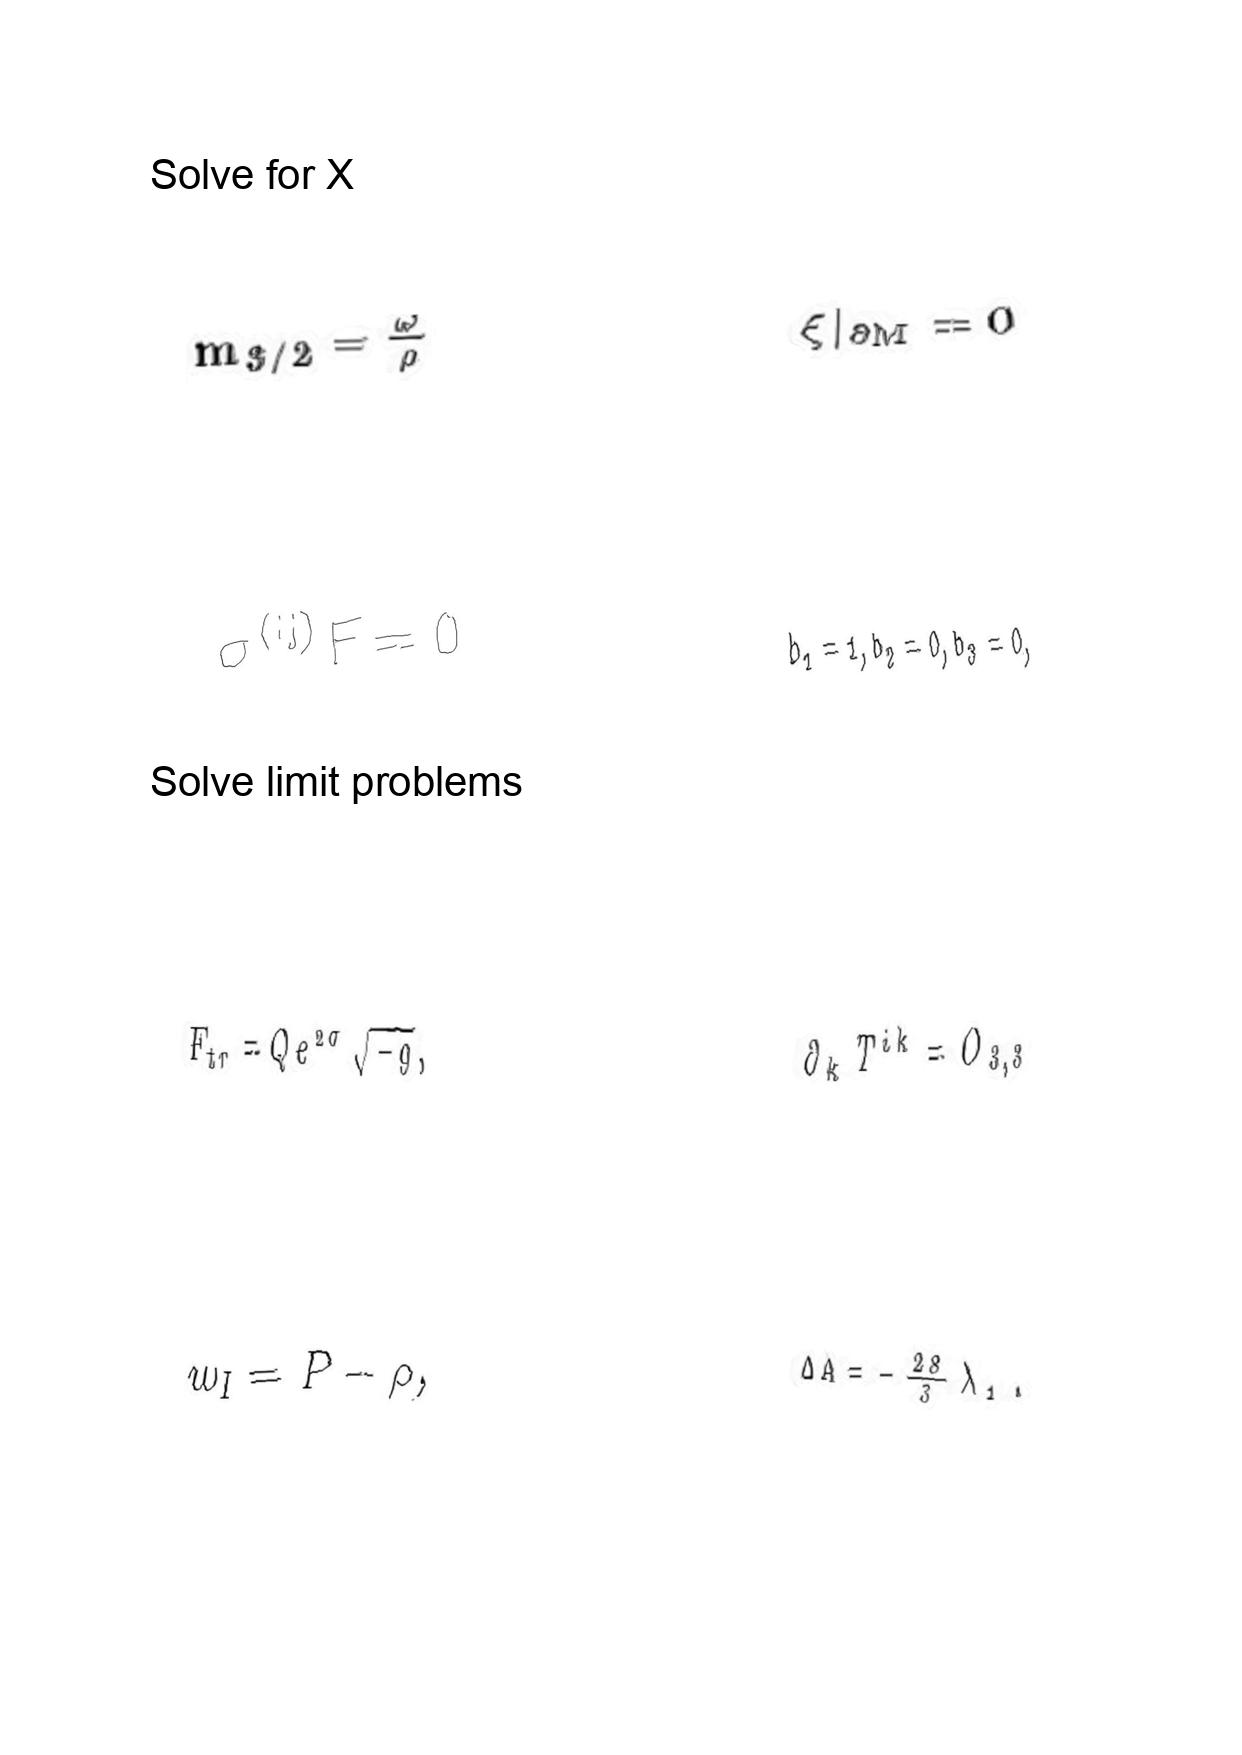
LaTeX transcription:
m _ { 3 / 2 } = \frac { \omega } { \rho }
\sigma ^ { \lparen i j \rparen } F = 0
F _ { t r } = Q e ^ { 2 \sigma } \sqrt { - g } ,
w _ { I } = P - \rho ,
\xi \vert _ { \partial M } = 0
b _ { 1 } = 1 , b _ { 2 } = 0 , b _ { 3 } = 0 ,
\partial _ { k } T ^ { i k } = O _ { 3 , 3 }
\Delta A = - \frac { 2 8 } { 3 } \lambda _ { 1 } .